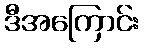
ဒီအကြောင်း